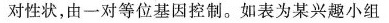
对性状，由一对等位基因控制。如表为某兴趣小组